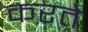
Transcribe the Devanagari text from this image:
करते